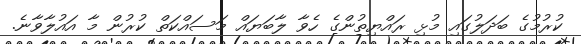
ކުރުމުގެ ބަދަލުގައި މުޅި ރައްޔިތުންގެ ހެވާ ލާބަޔައް މަސައްކަތް ކުރުން މާ އައުލާވާނެ.